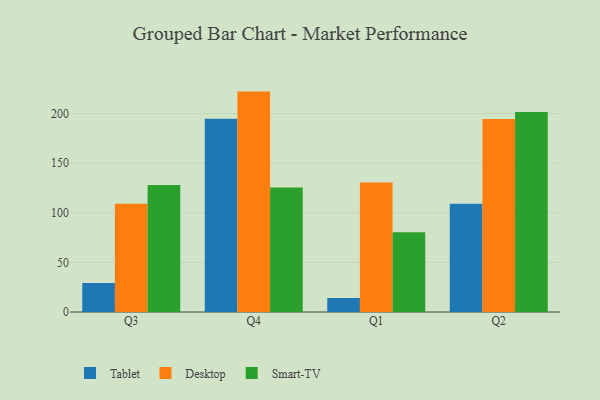
{"axis": {"x": "Quarter", "y": "Satisfaction Score"}, "legend": ["Desktop", "Smart-TV", "Tablet"], "data": [{"x": "Q3", "y": 29.3, "type": "Tablet"}, {"x": "Q3", "y": 109.0, "type": "Desktop"}, {"x": "Q3", "y": 128.0, "type": "Smart-TV"}, {"x": "Q4", "y": 194.8, "type": "Tablet"}, {"x": "Q4", "y": 222.1, "type": "Desktop"}, {"x": "Q4", "y": 125.5, "type": "Smart-TV"}, {"x": "Q1", "y": 14.2, "type": "Tablet"}, {"x": "Q1", "y": 130.4, "type": "Desktop"}, {"x": "Q1", "y": 80.4, "type": "Smart-TV"}, {"x": "Q2", "y": 109.2, "type": "Tablet"}, {"x": "Q2", "y": 194.6, "type": "Desktop"}, {"x": "Q2", "y": 201.6, "type": "Smart-TV"}]}